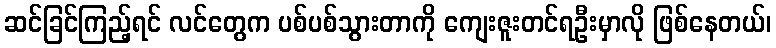
ဆင်ခြင်ကြည့်ရင် လင်တွေက ပစ်ပစ်သွားတာကို ကျေးဇူးတင်ရဦးမှာလို ဖြစ်နေတယ်၊